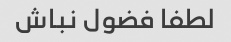
لطفا فضول نباش